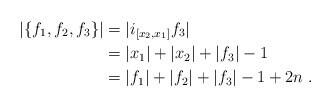
LaTeX: \begin{align*}|\{f_1,f_2,f_3\}|&= |i_{[x_2,x_1]}f_3|\\&=|x_1|+|x_2|+|f_3|-1\\&= |f_1|+|f_2|+|f_3|-1+2n\;.\end{align*}